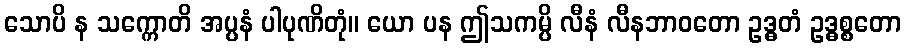
သောပိ န သက္ကောတိ အပ္ပနံ ပါပုဏိတုံ။ ယော ပန ဤသကမ္ပိ လီနံ လီနဘာဝတော ဥဒ္ဓတံ ဥဒ္ဓစ္စတော